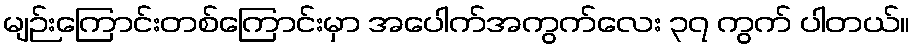
မျဉ်းကြောင်းတစ်ကြောင်းမှာ အပေါက်အကွက်လေး ၃၇ ကွက် ပါတယ်။